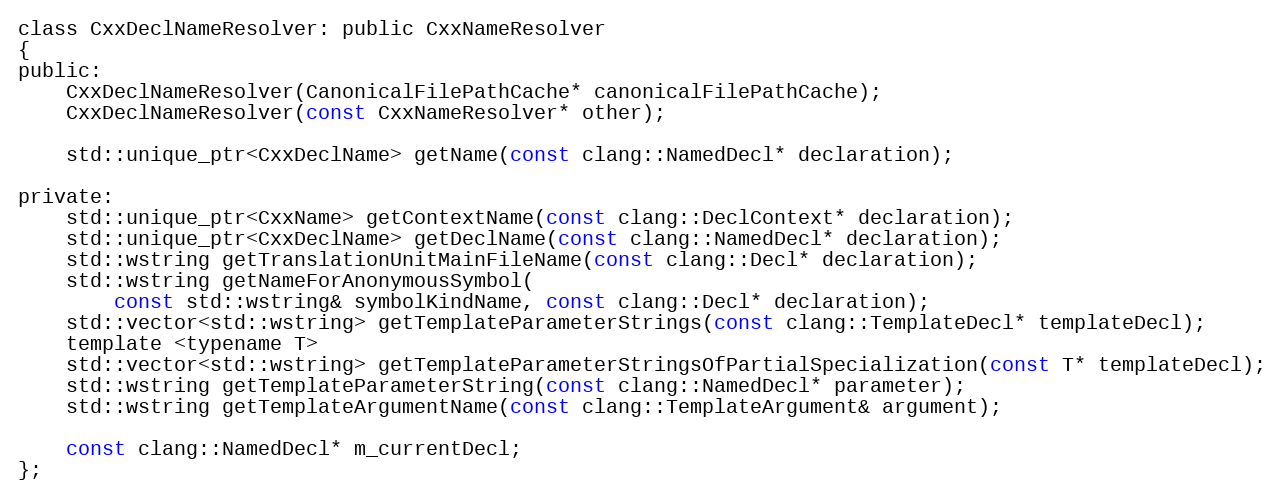
Language: C
class CxxDeclNameResolver: public CxxNameResolver
{
public:
	CxxDeclNameResolver(CanonicalFilePathCache* canonicalFilePathCache);
	CxxDeclNameResolver(const CxxNameResolver* other);

	std::unique_ptr<CxxDeclName> getName(const clang::NamedDecl* declaration);

private:
	std::unique_ptr<CxxName> getContextName(const clang::DeclContext* declaration);
	std::unique_ptr<CxxDeclName> getDeclName(const clang::NamedDecl* declaration);
	std::wstring getTranslationUnitMainFileName(const clang::Decl* declaration);
	std::wstring getNameForAnonymousSymbol(
		const std::wstring& symbolKindName, const clang::Decl* declaration);
	std::vector<std::wstring> getTemplateParameterStrings(const clang::TemplateDecl* templateDecl);
	template <typename T>
	std::vector<std::wstring> getTemplateParameterStringsOfPartialSpecialization(const T* templateDecl);
	std::wstring getTemplateParameterString(const clang::NamedDecl* parameter);
	std::wstring getTemplateArgumentName(const clang::TemplateArgument& argument);

	const clang::NamedDecl* m_currentDecl;
};